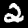
Label: 2